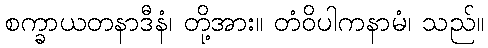
စက္ခာယတနာဒီနံ၊ တို့အား။ တံဝိပါကနာမံ၊ သည်။